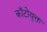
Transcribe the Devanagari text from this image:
काँटोयुक्त